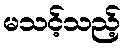
မသင့်သည့်